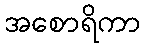
အစောရိကာ